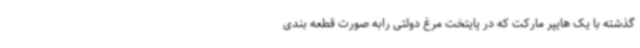
گذشته با یک هایپر مارکت که در پایتخت مرغ دولتی رابه صورت قطعه بندی